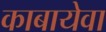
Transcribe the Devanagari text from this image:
काबायेवा